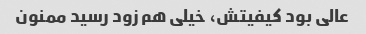
عالی بود کیفیتش، خیلی هم زود رسید ممنون